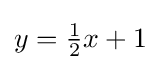
{\textstyle y={\frac {1}{2}}x+1}